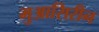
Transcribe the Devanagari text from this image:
मुआसिरीन